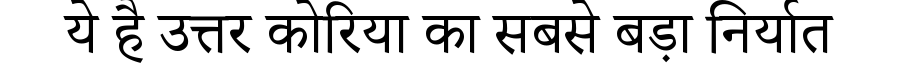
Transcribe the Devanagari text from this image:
ये है उत्तर कोरिया का सबसे बड़ा निर्यात